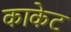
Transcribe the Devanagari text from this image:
काकेट